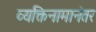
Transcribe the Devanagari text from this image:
व्यक्तिनामानंतर